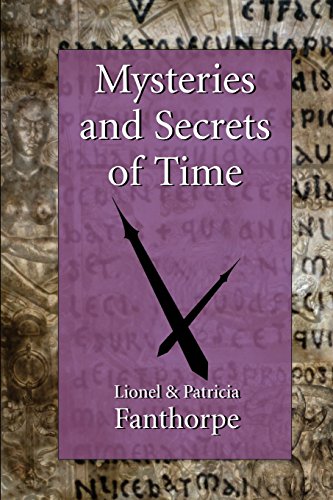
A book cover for Mysteries and Secrets of Time; Lionel and Patricia Fanthorpe; Science & Math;